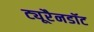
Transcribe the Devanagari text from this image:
ट्यूरैनडॉट